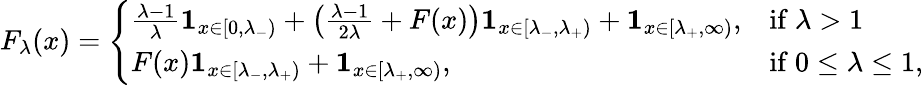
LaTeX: F_{\lambda}(x)={\left\{ \begin{array}{ll}{{\frac{\lambda-1}{\lambda}}\mathbf{1}_{x\in[0,\lambda_{-})}+\left({\frac{\lambda-1}{2\lambda}}+F(x)\right)\mathbf{1}_{x\in[\lambda_{-},\lambda_{+})}+\mathbf{1}_{x\in[\lambda_{+},\infty)},}&{{\mathrm{if~}}\lambda>1}\\ {F(x)\mathbf{1}_{x\in[\lambda_{-},\lambda_{+})}+\mathbf{1}_{x\in[\lambda_{+},\infty)},}&{{\mathrm{if~}}0\leq\lambda\leq 1,}\end{array}\right.}